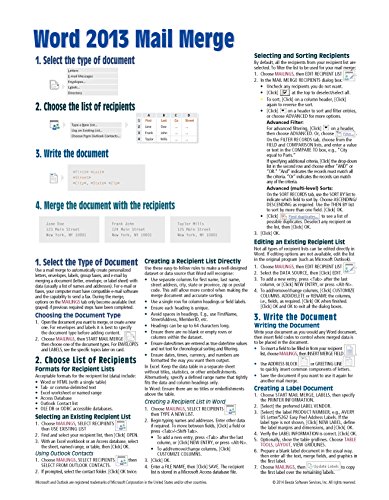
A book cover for Microsoft Word 2013 Mail Merge Quick Reference Guide (Cheat Sheet of Instructions, Tips & Shortcuts - Laminated Card); Beezix Inc.; Computers & Technology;